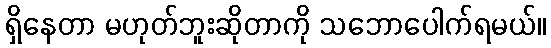
ရှိနေတာ မဟုတ်ဘူးဆိုတာကို သဘောပေါက်ရမယ်။